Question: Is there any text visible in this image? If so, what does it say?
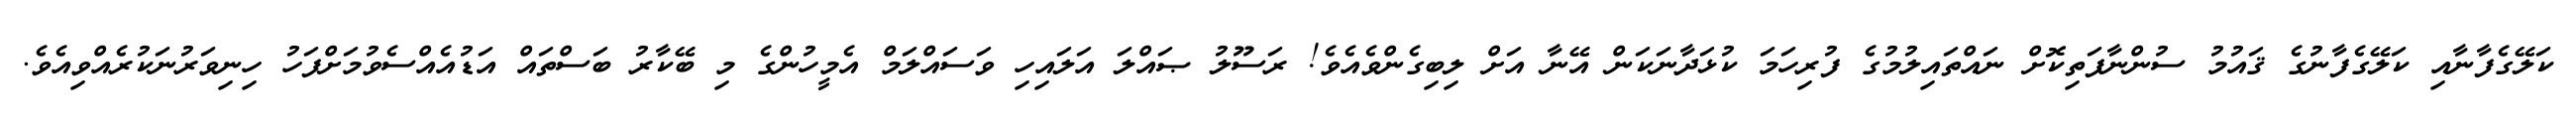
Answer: ކަލޭގެފާނާއި ކަލޭގެފާނުގެ ޤައުމު ސުންނާފަތިކޮށް ނައްތައިލުމުގެ ފުރިހަމަ ކުޅަދާނަކަން އޭނާ އަށް ލިބިގެންވެއެވެ! ރަސޫލު ޞައްލަ އަލައިހި ވަސައްލަމް އެމީހުންގެ މި ބޭކާރު ބަސްތައް އަޑުއެއްސެވުމަށްފަހު ހިނިވަރުނަކުރެއްވިއެވެ.